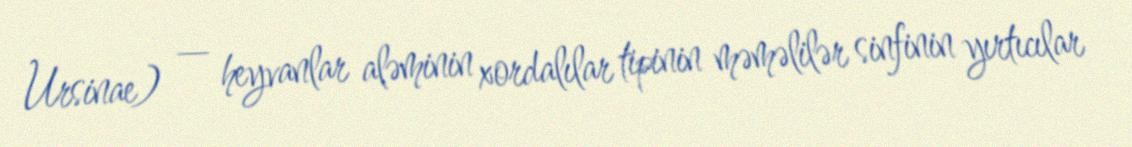
Ursinae) — heyvanlar aləminin xordalılar tipinin məməlilər sinfinin yırtıcılar